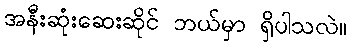
အနီးဆုံးဆေးဆိုင် ဘယ်မှာ ရှိပါသလဲ။